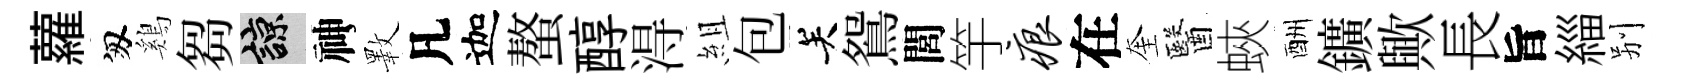
蘿匆鷄芻諒神斁凡迦螯醇淂組包关鴛閭竽痕在奎醫蛺酬鑛歟長旨緇别